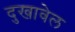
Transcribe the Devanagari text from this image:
दुखावेल